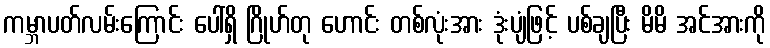
ကမ္ဘာပတ်လမ်းကြောင်း ပေါ်ရှိ ဂြိုဟ်တု ဟောင်း တစ်လုံးအား ဒုံးပျံဖြင့် ပစ်ချပြီး မိမိ အင်အားကို